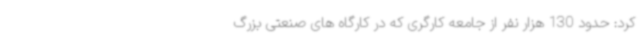
کرد: حدود 130 هزار نفر از جامعه کارگری که در کارگاه های صنعتی بزرگ